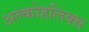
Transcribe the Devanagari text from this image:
अल्कोहलिक्स